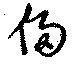
侵